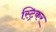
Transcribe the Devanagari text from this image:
स्ट्रिकर